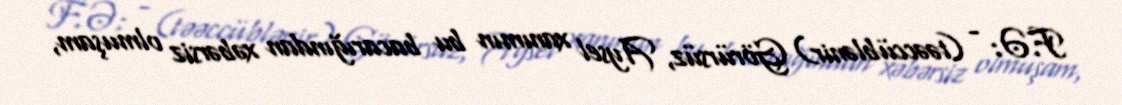
F.Ə: - (təəccüblənir) Görürsüz, Aysel xanımın bu bacarığından xəbərsiz olmuşam,